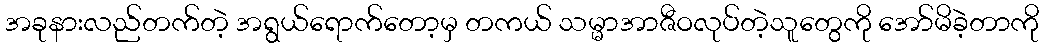
အခုနားလည်တက်တဲ့ အရွယ်ရောက်တော့မှ တကယ် သမ္မာအာဇီဝလုပ်တဲ့သူတွေကို အော်မိခဲ့တာကို